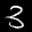
Label: 3